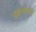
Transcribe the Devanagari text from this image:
प्रकल्पापासून